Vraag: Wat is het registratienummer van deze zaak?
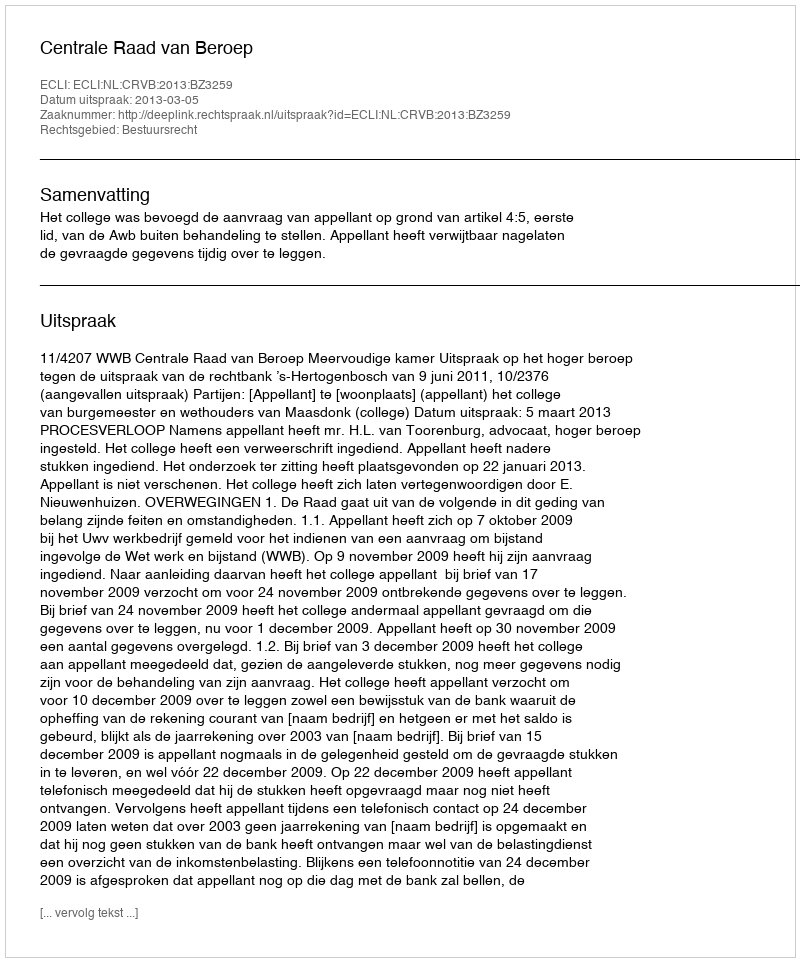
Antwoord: http://deeplink.rechtspraak.nl/uitspraak?id=ECLI:NL:CRVB:2013:BZ3259